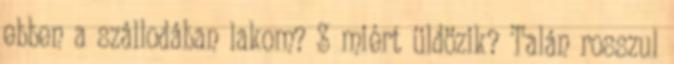
ebben a szállodában lakom? S miért üldözik? Talán rosszul